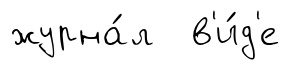
журна́л в'и́д'е